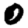
Digit: 0